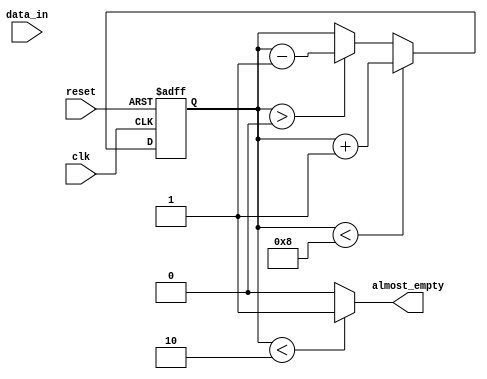
module almost_empty_fifo(
    input wire clk,
    input wire reset,
    input wire data_in,
    output reg almost_empty
);

reg [7:0] buffer [0:7]; // 8-bit buffer with a depth of 8
reg [2:0] head = 3; // initial head position
reg [2:0] tail = 0; // initial tail position
reg [2:0] count = 0; // initial count of elements in buffer

always @(posedge clk or posedge reset) begin
    if (reset) begin
        head <= 3;
        tail <= 0;
        count <= 0;
    end else begin
        if (count > 0) begin
            if (tail == 7)
                tail <= 0;
            else
                tail <= tail + 1;
            count <= count - 1;
        end
        if (count < 8) begin
            buffer[head] <= data_in;
            if (head == 7)
                head <= 0;
            else
                head <= head + 1;
            count <= count + 1;
        end
    end
end

always @(count) begin
    if (count < 2)
        almost_empty <= 1;
    else
        almost_empty <= 0;
end

endmodule